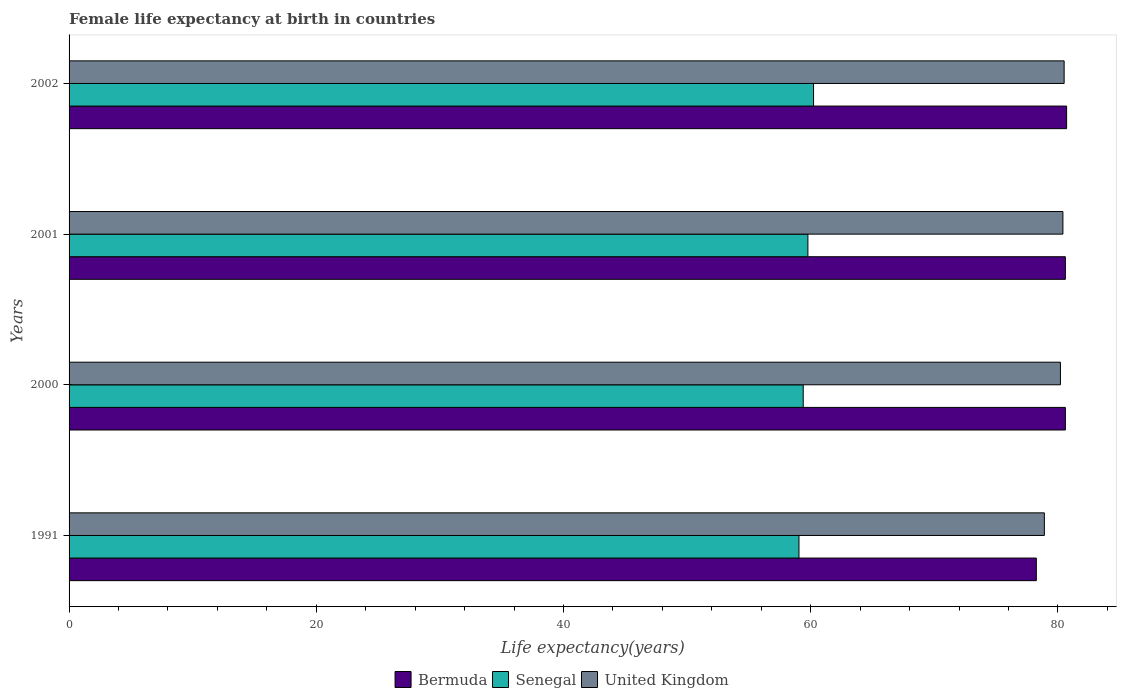
| Years | Bermuda | Senegal | United Kingdom |
 | --- | --- | --- | --- |
 | 1991 | 78.2 | 59 | 78.9 |
 | 2000 | 80.6 | 59.4 | 80.2 |
 | 2001 | 80.6 | 59.8 | 80.4 |
 | 2002 | 80.7 | 60.2 | 80.5 |